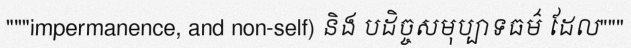
"""impermanence, and non-self) និង បដិច្ចសមុប្បាទធម៌ ដែល"""